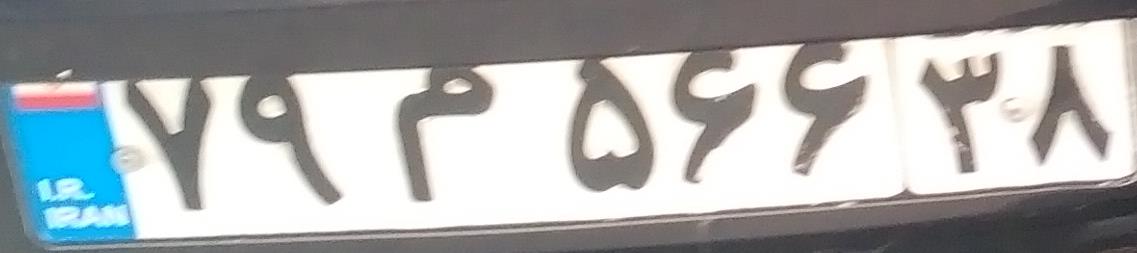
۷۹م۵۶۶۳۸